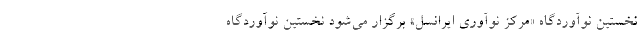
نخستین نوآوردگاه «مرکز نوآوری ایرانسل» برگزار می‌شود نخستین نوآوردگاه